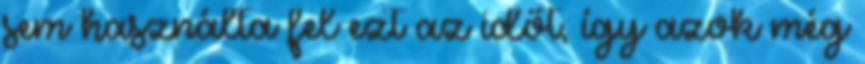
sem használta fel ezt az időt, így azok még